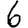
Digit: 6